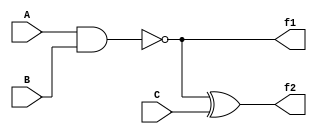
module reg_maps_to_wire(A,B,C,f1,f2);
   input A, B, C;
   output f1, f2;
   wire A,B,C;
   reg f1,f2;
   always @(A or B or C)
   begin
     f1=~(A&B);
     f2=f1^C;
   end
endmodule